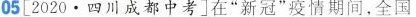
05[2020.四川成都中考]在”新冠”疫情期间，全国